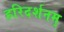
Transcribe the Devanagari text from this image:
हरिदर्शनम्